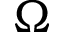
\Omega